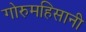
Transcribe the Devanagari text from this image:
गोरुमहिसानी